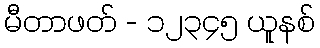
မီတာဖတ် - ၁၂၃၄၅ ယူနစ်